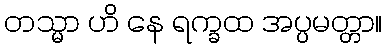
တသ္မာ ဟိ နေ ရက္ခထ အပ္ပမတ္တာ။